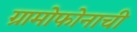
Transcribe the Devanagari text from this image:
ग्रामोफोनाची